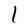
Character: l